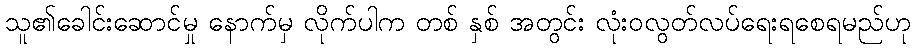
သူ၏ခေါင်းဆောင်မှု နောက်မှ လိုက်ပါက တစ် နှစ် အတွင်း လုံးဝလွတ်လပ်ရေးရစေရမည်ဟု